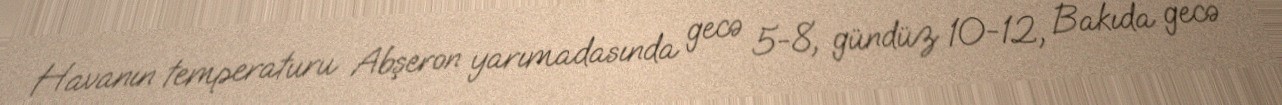
Havanın temperaturu Abşeron yarımadasında gecə 5-8, gündüz 10-12, Bakıda gecə